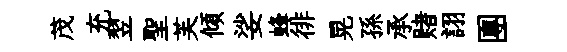
茂充翌聖芙傾娑蜂徘晃孫承赌詡團